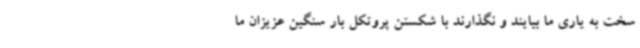
سخت به یاری ما بیایند و نگذارند با شکستن پروتکل بار سنگین عزیزان ما